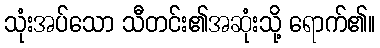
သုံးအပ်သော သီတင်း၏အဆုံးသို့ ရောက်၏။